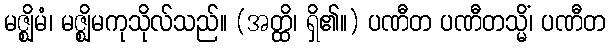
မဇ္ဈိမံ၊ မဇ္ဈိမကုသိုလ်သည်။ (အတ္ထိ၊ ရှိ၏။) ပဏီတ ပဏီတသ္မိံ၊ ပဏီတ